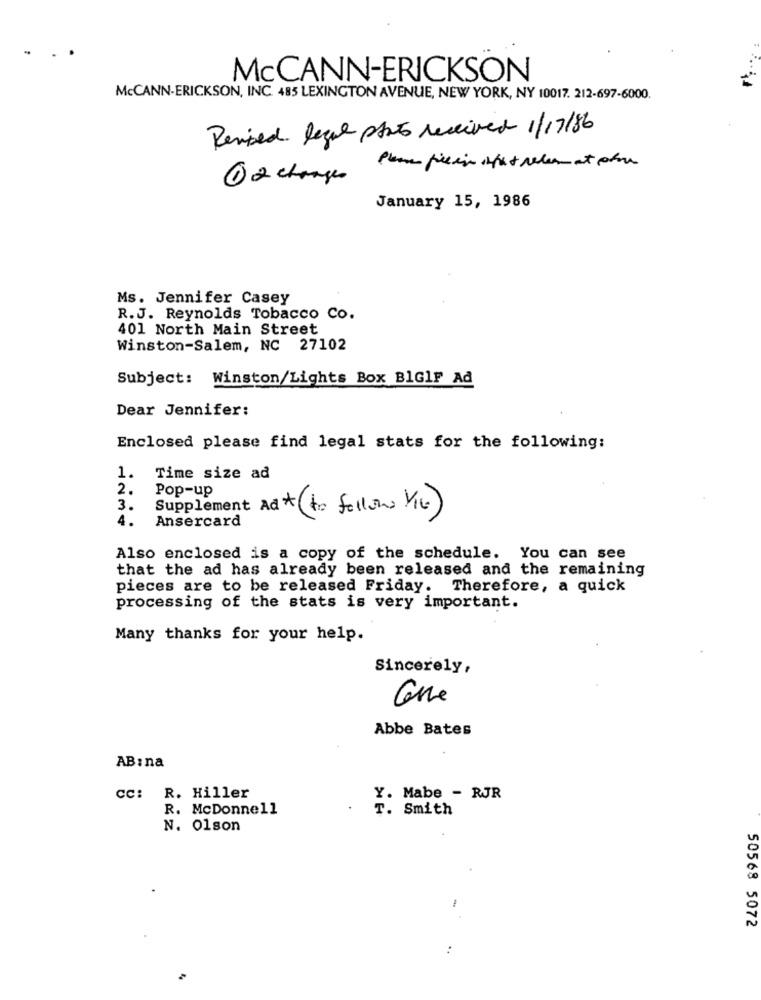
McCANN-ERICKSON
McCANN-ERICKSON, INC. 485 LEXINGTON AVENUE, NEW YORK, NY 10017. 212-697-6000.
Revised legal stato received 1/17/86
12 changes
January 15, 1986
Ms. Jennifer Casey
R.J. Reynolds Tobacco Co.
401 North Main Street
Winston-Salem, NC 27102
Subject: Winston/Lights Box BlGIF Ad
Dear Jennifer:
Enclosed please find legal stats for the following:
1.
Time size ad
2.
Pop-up
3.
Supplement Ad *(to follow YIL)
Ansercard
4.
Also enclosed is a copy of the schedule. You can see
that the ad has already been released and the remaining
pieces are to be released Friday. Therefore, a quick
processing of the stats is very important.
Many thanks for your help.
Sincerely,
Abbe Bates
AB : na
Cc: R. Hiller
Y. Mabe - RJR
R. McDonnell
T. Smith
N. 01son
-
50568 5072